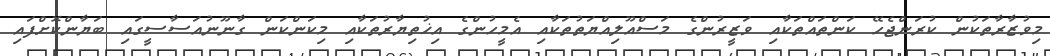
މިވުޒާރާތަކުން ކުރަންޖެހޭ ކަންތައްތަކާއި ވަޒީރުންގެ މަސްއޫލިއްޔަތުތަކާއި އެމީހުންގެ އިޚުތިޔާރުތަކާއި މިކަންކަން ގާނޫނުއަސާސީގައި ބަޔާންކޮށްފައި